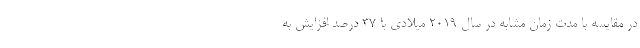
در مقایسه با مدت زمان مشابه در سال ۲۰۱۹ میلادی با ۳۷ درصد افزایش به